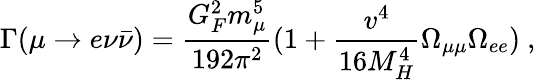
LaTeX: \Gamma(\mu\rightarrow e\nu{\bar{\nu}})=\frac{G_{F}^{2}m_{\mu}^{5}}{192\pi^{2}}(1+\frac{v^{4}}{16M_{H}^{4}}\Omega_{\mu\mu}\Omega_{ee})\ ,